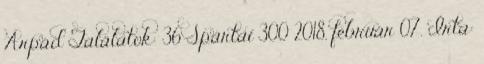
Árpád Találatok: 36 Spártai 300 2018. február 07. Írta: